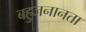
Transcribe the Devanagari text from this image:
बहुजनानता